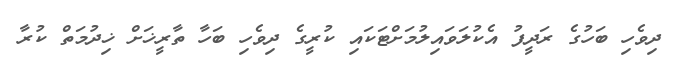
ދިވެހި ބަހުގެ ރަދީފު އެކުލަވައިލުމަށްޓަކައި ކުރީގެ ދިވެހި ބަހާ ތާރީޚަށް ޚިދުމަތް ކުރާ